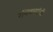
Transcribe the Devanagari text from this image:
रविवर्म्याची